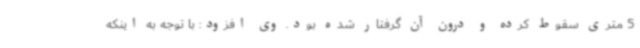
5 متری سقوط کرده و درون آن گرفتار شده بود. وی افزود: با توجه به اینکه